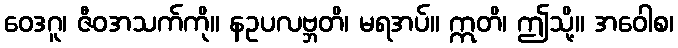
ဝေဒဂူ၊ ဇီဝအသက်ကို။ နဥပလဗ္ဘတိ၊ မရအပ်။ ဣတိ၊ ဤသို့။ အဝေါစ၊